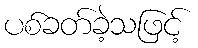
ပစ်ခတ်ခဲ့သဖြင့်